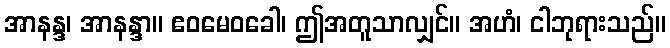
အာနန္ဒ၊ အာနန္ဒာ။ ဧဝမေဝခေါ၊ ဤအတူသာလျှင်။ အဟံ၊ ငါဘုရားသည်။